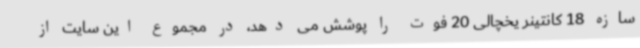
سازه 18 کانتینر یخچالی 20 فوت را پوشش می دهد، در مجموع این سایت از